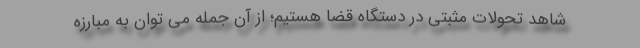
شاهد تحولات مثبتی در دستگاه قضا هستیم؛ از آن جمله می توان به مبارزه